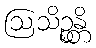
ဩသိဉ္စန္တိ